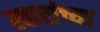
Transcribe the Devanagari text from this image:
स्वारांच्या